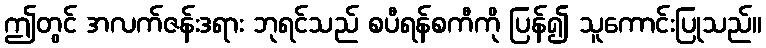
ဤတွင် အလက်ဇန်းဒရား ဘုရင်သည် စပီရန်စကီကို ပြန်၍ သူကောင်းပြုသည်။